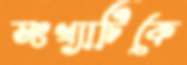
সংখ্যাটিকে